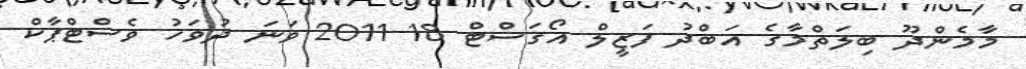
މާމެންދޫ ބިލަތްމާގެ އަބްދު ފަޒީލް އޯގަސްޓް 18 2011 ވަނަ ދުވަހު ވެސްޓްޕާކް